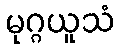
မုဂ္ဂယူသံ